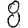
Digit: 8